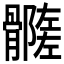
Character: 𩪦